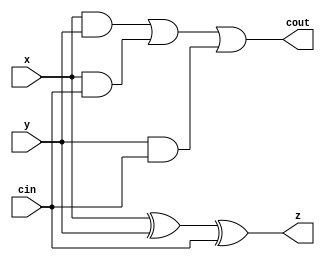
// Diseo:      sumador
// Archivo:     sumador.v
// Descripcin: Ejemplos de sumadores combinacionales en Verilog
// Autor:       Jorge Juan <jjchico@gmail.com>
// Fecha:       27/11/2009

/*
   Leccin 5-1. Sumadores

   El sumador es el elemento bsico de las unidades aritmticas. Un circuito
   sumador puede expresarse en Verilog de forma muy sencilla empleando
   operadores aritmticos. Ms tarde, una herramienta de sntesis adecuada
   producir un circuito sumador optimizado para la tecnologa de
   implementacin. No obstante, un sumador puede describirse a ms bajo nivel
   como interconexin de sumadores completos (full adder -FA-).

   En esta leccin comenzaremos con la descripcin de un sumador comleto que
   servir de base para dos descripciones estructurales equivalentes de un
   sumador de 8 bits. Luego se realizar una descripcin de otro sumador
   equivalente empleando operaciones aritmticas. La operacin de todos ellos
   y algunas variantes se comprueba por simulacin en los ejercicios propuestos.
*/

`timescale 1ns / 1ps

//////////////////////////////////////////////////////////////////////////
// Sumador completo (FA)                                                //
//////////////////////////////////////////////////////////////////////////

/* Un sumador completo (FA) es un sumador de tres bits cuyo resultado se
 * genera en un bit de suma y un bit de acarreo segn la siguiente tabla
 * de verdad
 *   x y cin z cout
 *   0 0 0   0 0
 *   0 0 1   1 0
 *   0 1 0   1 0
 *   0 1 1   0 1
 *   1 0 0   1 0
 *   1 0 1   0 1
 *   1 1 0   0 1
 *   1 1 1   1 1
 * Las expresiones lgica para las salidas z y cout pueden deducirse fcilmente
 * observando que z vale 1 si y slo si la paridad de las entradas es impar, y
 * cout vale 1 si y slo si cuales quierea dos de las entradas vale 1. */
module fa (
    input wire x,       // primer operando
    input wire y,       // segundo operando
    input wire cin,     // acarreo de entrada
    output wire z,      // salida de suma
    output wire cout    // acarreo de salida
    );

    assign  z = x ^ y ^ cin;
    assign  cout = x & y | x & cin | y & cin;
endmodule // fa

//////////////////////////////////////////////////////////////////////////
// Sumador 8 bits con FA                                                //
//////////////////////////////////////////////////////////////////////////

module adder8_e (
    input wire [7:0] a,     // primer operando
    input wire [7:0] b,     // segundo operando
    input wire cin,         // acarreo de entrada
    output wire [7:0] s,    // salida de suma
    output wire cout        // acarreo de salida
    );

    /* Este sumador se construye mediante la conexin en cascada de 8
     * sumadore completos (FA). Cada FA genera un bit del resultado. 'c'
     * es una seal auxiliar para la conexin del acarreo de salida de una
     * etapa con el acarreo de salida de la etapa siguiente */
    wire [7:1] c;

    /* El acarreo de entrada del primer FA es el acarreo de entrada del
     * mdulo sumador */
    fa fa0 (a[0], b[0], cin, s[0], c[1]);
    fa fa1 (a[1], b[1], c[1], s[1], c[2]);
    fa fa2 (a[2], b[2], c[2], s[2], c[3]);
    fa fa3 (a[3], b[3], c[3], s[3], c[4]);
    fa fa4 (a[4], b[4], c[4], s[4], c[5]);
    fa fa5 (a[5], b[5], c[5], s[5], c[6]);
    fa fa6 (a[6], b[6], c[6], s[6], c[7]);
    /* El acarreo de salida del ltimo FA es el acarreo de salida del
     * mdulo sumador */
    fa fa7 (a[7], b[7], c[7], s[7], cout);

endmodule // adder8_e

//////////////////////////////////////////////////////////////////////////
// Sumador 8 bits con FA usando "generate"                              //
//////////////////////////////////////////////////////////////////////////

/* Esta es una descripcin equivalente a adder8_e que emplea la construccin
 * 'generate' */
module adder8_g (
    input wire [7:0] a,     // primer operando
    input wire [7:0] b,     // segundo operando
    input wire cin,         // acarreo de entrada
    output wire [7:0] s,    // salida de suma
    output wire cout        // acarreo de salida
    );

    /* En este caso, los acarreos intermedios se definen desde 0 a 8 para
     * que todas las instancias FA puedan expresarse en funcin de un mismo
     * ndice. El primer acarreo (C[0]) corresponde al acarreo de entrada
     * y el ltimo (c[8]) al acarreo de salida del mdulo sumador */
    wire [8:0] c;
    assign c[0] = cin;
    assign cout = c[8];

    /* La construccin 'generate' facilita la generacin de cdigo en
     * fncin de una variable o ndice, simplificando la descripcin de
     * estructuras repetitivas. La variable que controla la generacin de
     * cdigo es un entero y debe declararse con 'genvar' dentro o fuera
     * del bloque'generate'. Dentro de un bloque 'generate' pueden usarse
     * tres tipos de estructuras de control: 'if', 'case' y 'for', que no
     * deben confundirse con los equivalentes de las descripciones
     * procedimentales. Es importante observar que los bloque 'generate' se
     * expanden durante la elaboracin del diseo y antes de la sntesis,
     * por lo que los valores de las variables declaradas con 'genvar'
     * deben estar determinados en el momento de la elaboracin. En nuestro
     * ejemplo, los mdulos adder8_e y adder8_g producen diseos idnticos
     * tras la elaboracin inicial. */
    generate
        /* Declaramos la variable de la que depende 'generate' */
        genvar i;
        /* Bucle for asociado al bloque 'generate'. Aunque similar,
         * conceptualmente es diferente al bucle 'for' de una
         * descripcin procedimental como la de la construccin
         * 'always'. */
        for (i=0; i < 8; i=i+1)
            /* Se genera una instancia para cada valor de i */
            fa fa_ins (a[i], b[i], c[i], s[i], c[i+1]);
    endgenerate

endmodule // adder8_g

//////////////////////////////////////////////////////////////////////////
// Sumador de 8 bits con operadores aritmticos                         //
//////////////////////////////////////////////////////////////////////////

module adder8 (
    input wire [7:0] a,     // primer operando
    input wire [7:0] b,     // segundo operando
    input wire cin,         // acarreo de entrada
    output wire [7:0] s,    // salida de suma
    output wire cout        // acarreo de salida
    );

    assign {cout, s} = a + b;

endmodule // adder8

/*

   EJERCICIOS

   1. Compila la leccin con:

      $ iverilog sumador.v

      Comprueba que no hay errores de sintxis

   2. Escribe un banco de pruebas el mdulo 'fa' en un archivo 'fa_tb.v' de
      forma que compruebe su correcto funcionamiento para todos los valores
      de entrada. Puedes usar 'sumador_tb.v' como referencia. Compila el diseo
      con:

      $ iverilog sumador.v fa_tb.v

      y comprueba su operacin con:

      $ vvp a.out

   (contina en sumador_tb.v)
*/